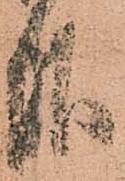
報